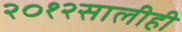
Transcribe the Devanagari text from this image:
२०१२सालीही